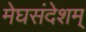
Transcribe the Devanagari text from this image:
मेघसंदेशम्